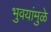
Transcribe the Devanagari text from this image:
भुवयांमुळे